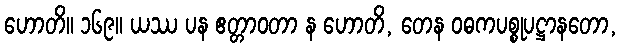
ဟောတိ။ ၁၆၉။ ယဿ ပန ဧတ္တာဝတာ န ဟောတိ, တေန ဝဓကပစ္စုပဋ္ဌာနတော,